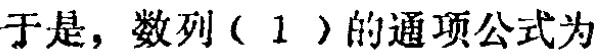
于是，数列（1）的通项公式为